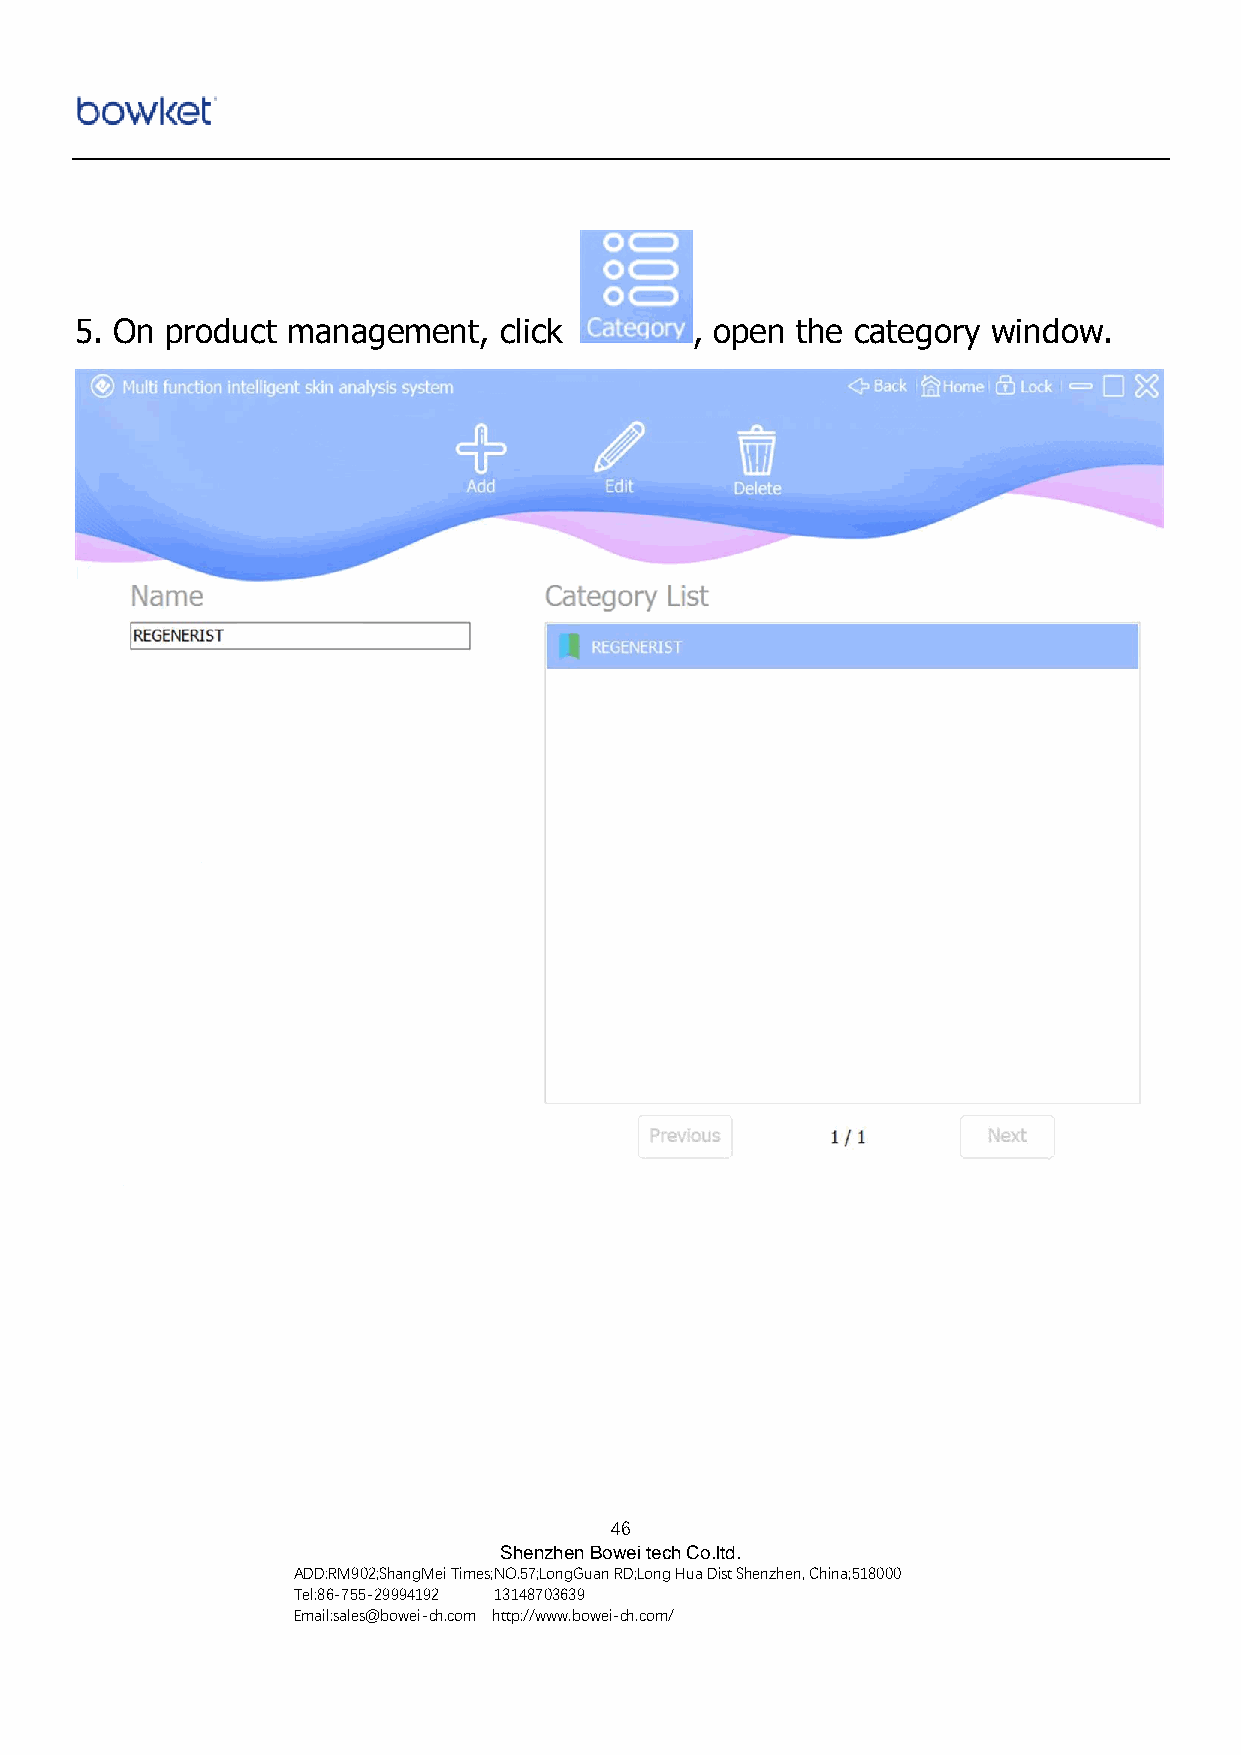
5. On product management,   click        , open the category window.
 46
 Shenzhen Bowei tech Co.ltd.
 ADD:RM902;ShangMei Times;NO.57;LongGuan RD;Long Hua Dist Shenzhen, China;518000
 Tel:86-755-29994192 13148703639
 Email:sales@bowei-ch.com http://www.bowei-ch.com/